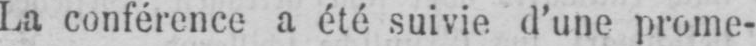
La conférence a été suivie d’une prome-